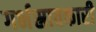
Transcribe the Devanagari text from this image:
गर्भस्रावकारी